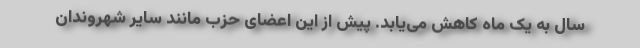
سال به یک ماه کاهش می‌یابد. پیش از این اعضای حزب مانند سایر شهروندان